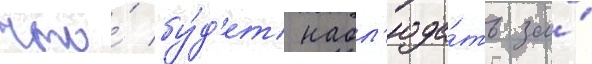
что́ бу́д'ет набл'юда́ть за́